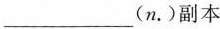
___(n.)副本